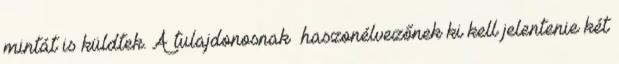
mintát is küldtek. A tulajdonosnak haszonélvezőnek ki kell jelentenie két